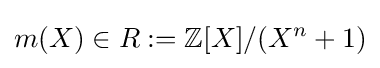
m(X)\in R:=\mathbb {Z} [X]/(X^{n}+1)